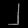
Digit: ၂